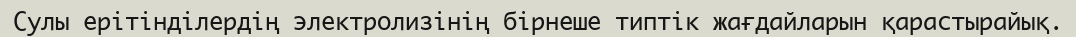
Сулы ерітінділердің электролизінің бірнеше типтік жағдайларын қарастырайық.